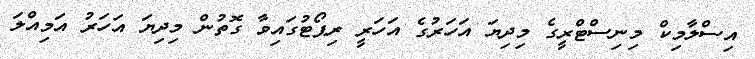
އިސްލާމިކް މިނިސްޓްރީގެ މިދިޔަ އަހަރުގެ އަހަރީ ރިޕޯޓުގައިވާ ގޮތުން މިދިޔަ އަހަރު އަމިއްލަ